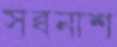
সব্বনাশ